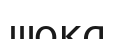
шока